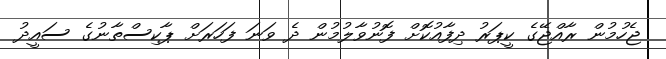
ޖެހުމުން ރާއްޖޭގެ ކީޕަރު ދިފާއުކޮށް ފޮނުވާލުމުން ދެ ވަނަ ފަހަރަށް ޕާކިސްތާނުގެ ސައީދު